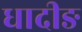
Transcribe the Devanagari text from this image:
धादीङ